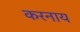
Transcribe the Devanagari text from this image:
करनाय